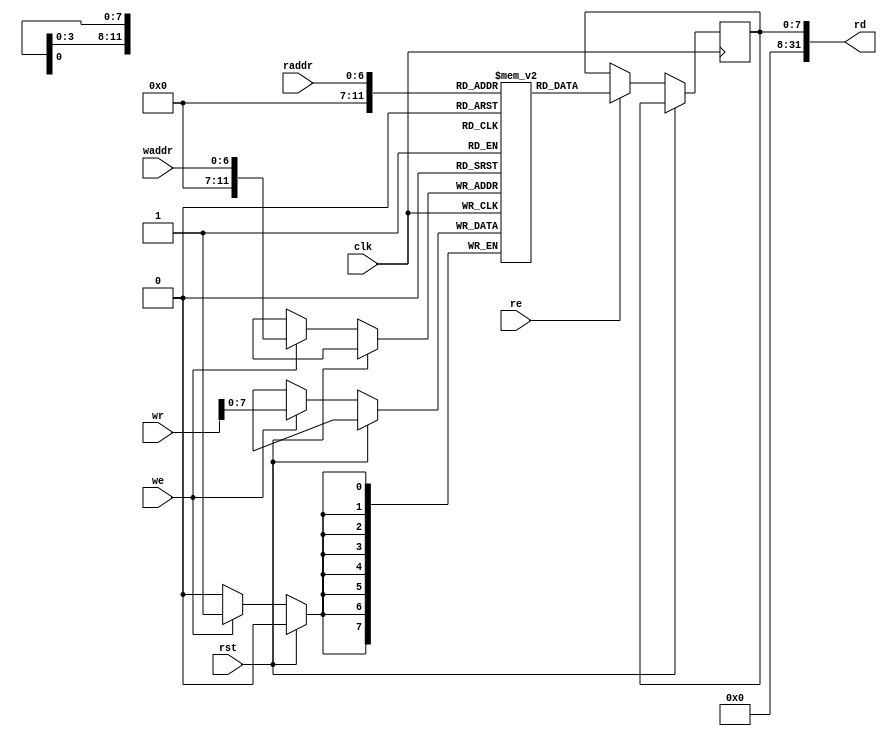
module ram_generic_1r1w(
    input wire clk,
    input wire rst,
    // Read port
    input wire [6:0] raddr,
    output wire [31:0] rd,
    input wire re,
    // Write port
    input wire [6:0] waddr,
    input wire [31:0] wr,
    input wire we
);

    parameter DBITS = 8;
    parameter ABITS = 12;
    localparam DEPTH = (1 << ABITS);

    reg [DBITS-1:0] mem [0:DEPTH-1];
    reg [DBITS-1:0] rd_reg;

    always @(posedge clk) begin
        if (!rst) begin
            if (we) begin
                mem[waddr] <= wr;
            end
            
            if (re) begin
                rd_reg <= mem[raddr];
            end
        end
    end

    assign rd = rd_reg;

endmodule